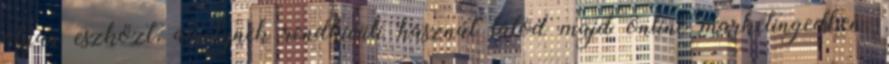
olyan eszközt, amelynek rendkívüli hasznát látod majd online marketingedben.